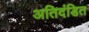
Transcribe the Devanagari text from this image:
अतिदंडित